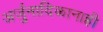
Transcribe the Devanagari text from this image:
अर्जुनादिकानाही